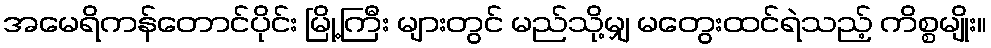
အမေရိကန်တောင်ပိုင်း မြို့ကြီး များတွင် မည်သို့မျှ မတွေးထင်ရဲသည့် ကိစ္စမျိုး။